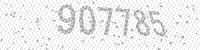
Solution: 907785